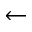
\leftarrow